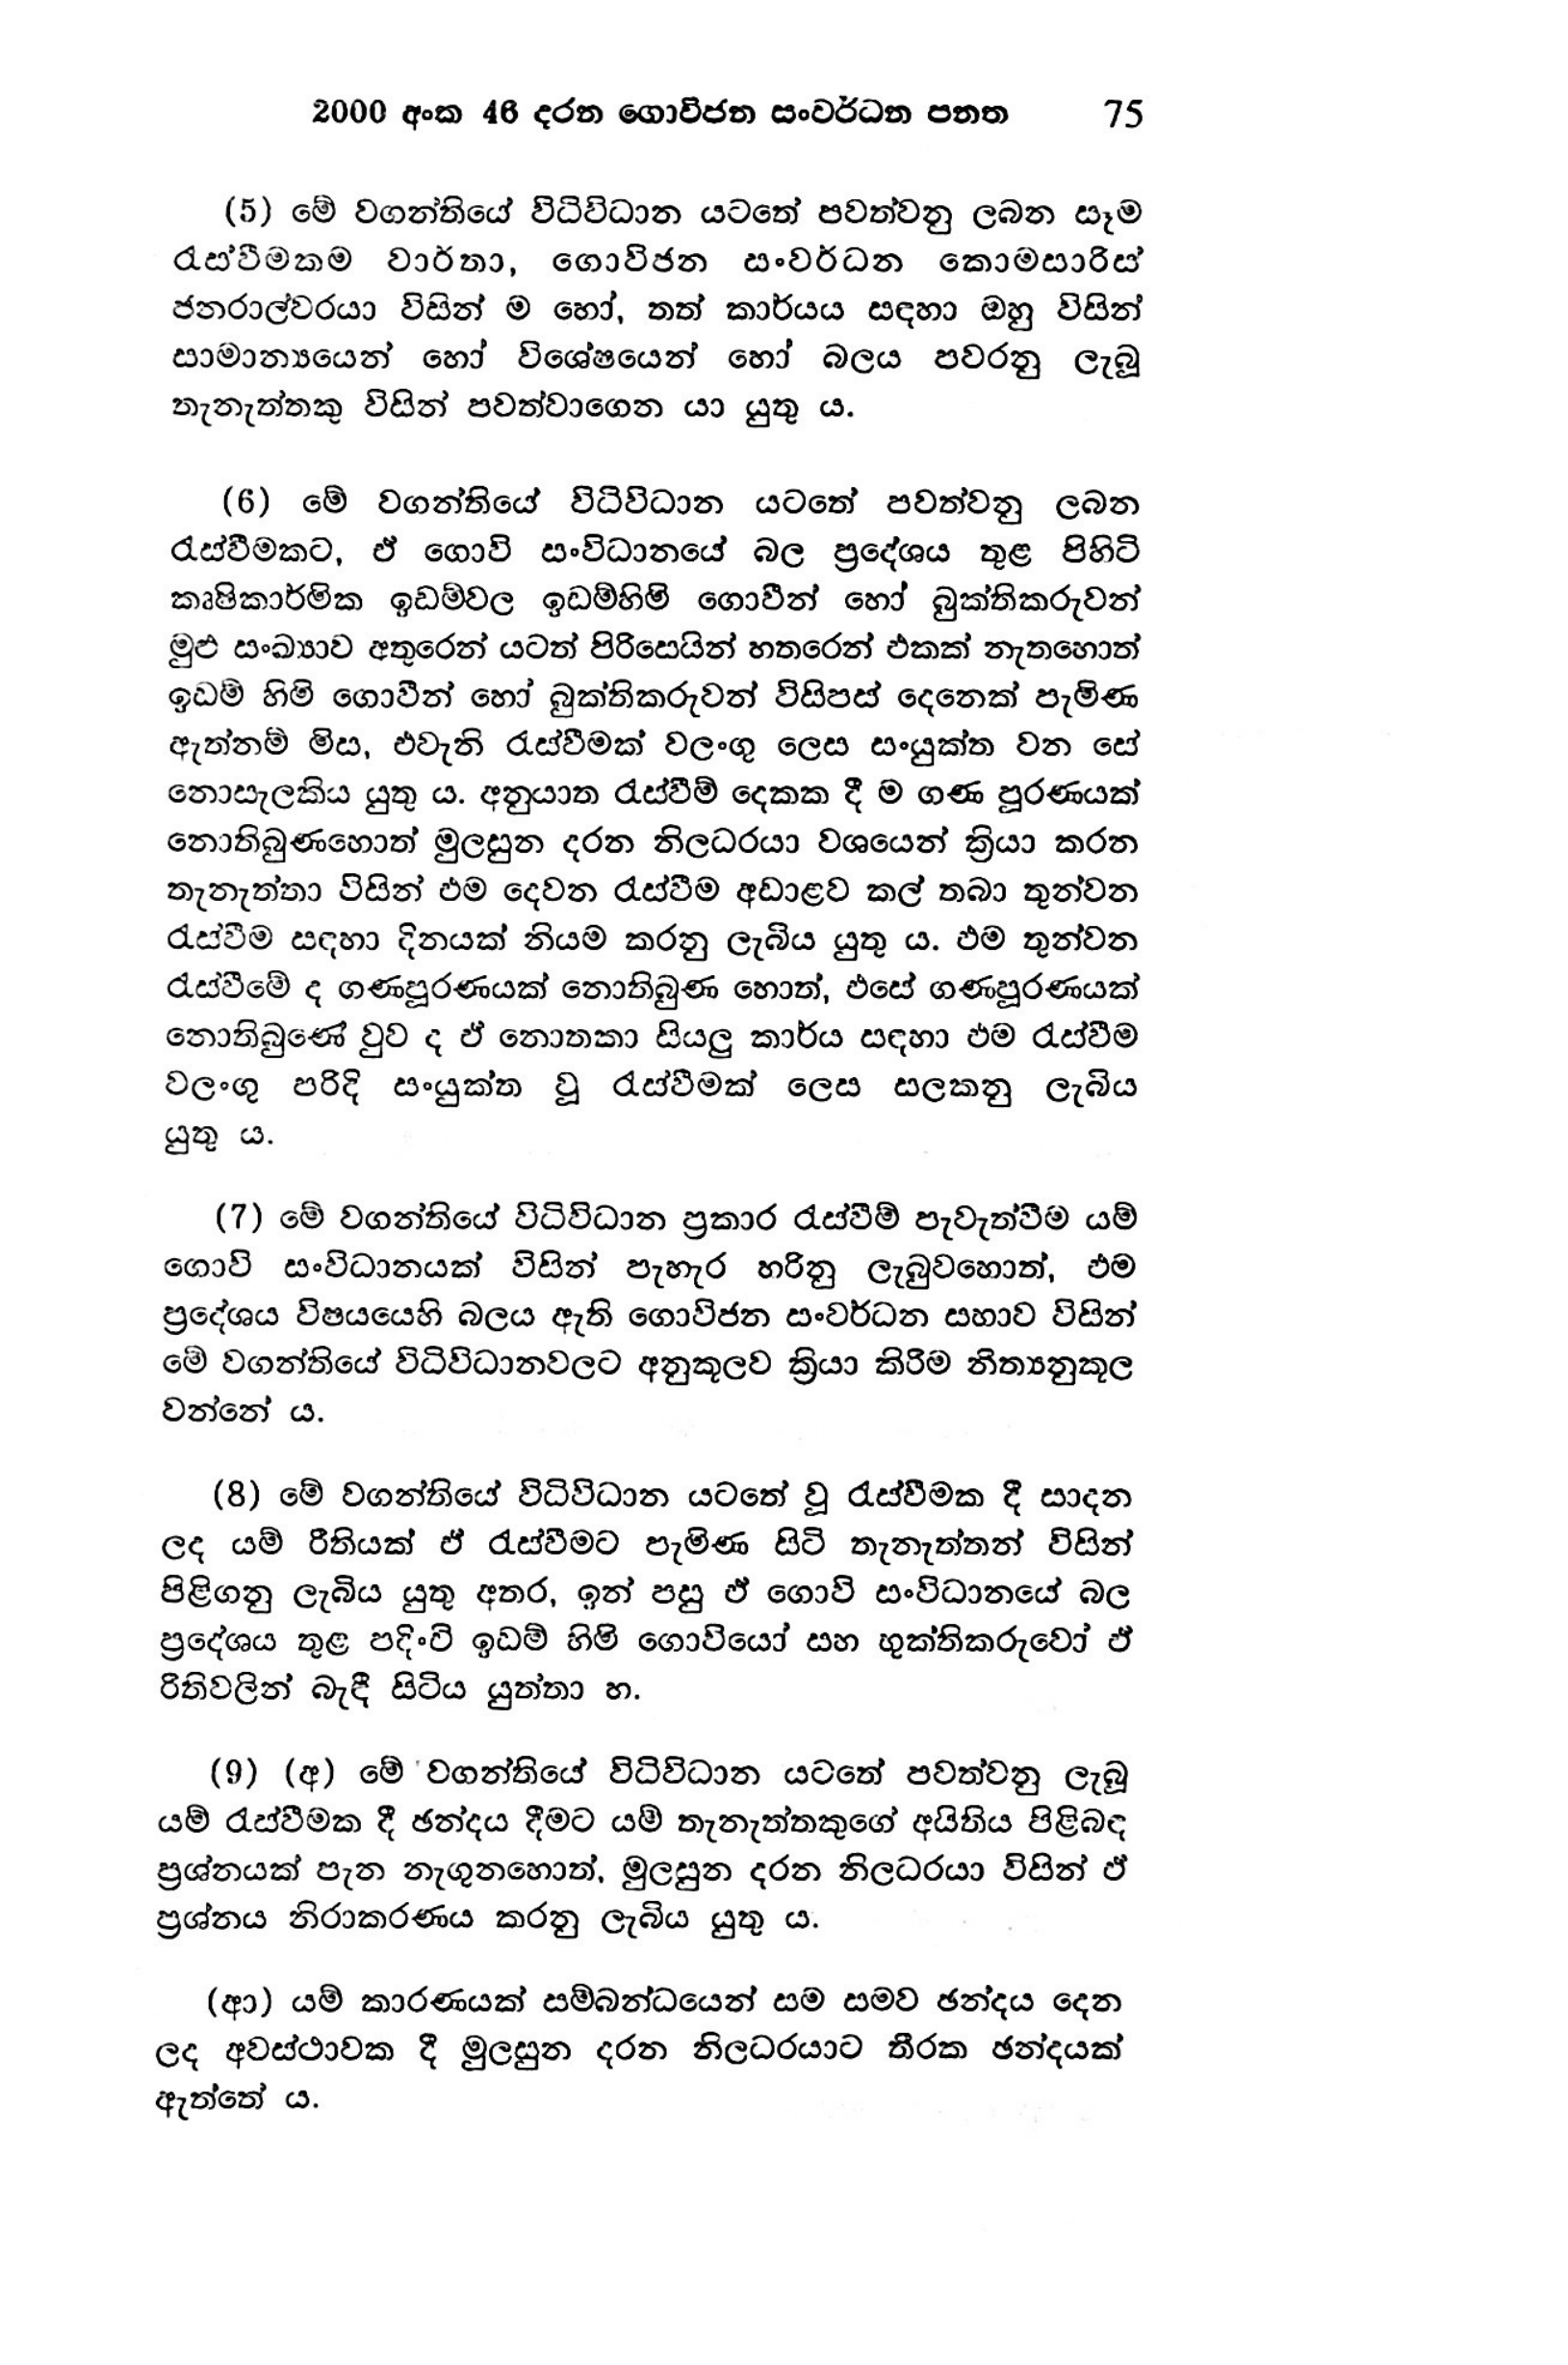
2000 අංක 46 දරන ගොවිජන සංවර්ධන පනත 75

(5) මේ වගන්තියේ විධිවිධාන යටතේ පවත්වනු ලබන සෑම
රැස්වීමකම වාර්තා, ගොවිජන සංවර්ධන කොමසාරිස්
ජනරාල්වරයා විසින් ම හෝ, තත් කාර්යය සඳහා ඔහු විසින්
සාමාන්‍යයෙන් හෝ විශේෂයෙන් හෝ බලය පවරනු ලැබූ
තැනැත්තකු විසින් පවත්වාගෙන යා යුතුය.

(6) මේ වගන්තියේ විධිවිධාන යටතේ පවත්වනු ලබන
රැස්වීමකට, ඒ ගොවි සංවිධානයේ බල ප්‍රදේශය තුළ පිහිටි
කෘෂිකාර්මික ඉඩම්වල ඉඩම්හිමි ගොවීන් හෝ බුක්තිකරුවන්
මුළු සංඛ්‍යාව අතුරෙන් යටත් පිරිසෙයින් හතරෙන් එකක් නැතහොත්
ඉඩම් හිමි ගොවීන් හෝ බුක්තිකරුවන් විසිපස් දෙනෙක් පැමිණ
ඇත්නම් මිස, එවැනි රැස්වීමක් වලංගු ලෙස සංයුක්ත වන සේ
නොසැලකිය යුතු ය. අනුයාත රැස්වීම් දෙකක දී ම ගණ පූරණයක්
නොතිබුණහොත් මුලසුන දරන නිලධරයා වශයෙන් ක්‍රියා කරන
තැනැත්තා විසින් එම දෙවන රැස්වීම අඩාළව කල් තබා තුන්වන
රැස්වීම සඳහා දිනයක් නියම කරනු ලැබිය යුතු ය. එම තුන්වන
රැස්වීමේ ද ගණපූරණයක් නොතිබුණ හොත්, එසේ ගණපූරණයක්
නොතිබුණේ වුව ද ඒ නොතකා සියලු කාර්ය සඳහා එම රැස්වීම
වලංගු පරිදි සංයුක්ත වූ රැස්වීමක් ලෙස සලකනු ලැබිය
යුතු ය.

(7) මේ වගන්තියේ විධිවිධාන ප්‍රකාර රැස්වීම් පැවැත්වීම යම්
ගොවි සංවිධානයක් විසින් පැහැර හරිනු ලැබුවහොත්, එම
ප්‍රදේශය විෂයයෙහි බලය ඇති ගොවිජන සංවර්ධන සභාව විසින්
මේ වගන්තියේ විධිවිධානවලට අනුකූලව ක්‍රියා කිරීම නිත්‍යනුකූල
වන්නේ ය.

(8) මේ වගන්තියේ විධිවිධාන යටතේ වූ රැස්වීමක දී සාදන
ලද යම් රීතියක් ඵ් රැස්වීමට පැමිණ සිටි තැනැත්තන් විසින්
පිළිගනු ලැබිය යුතු අතර, ඉන් පසු ඒ ගොවි සංවිධානයේ බල
ප්‍රදේශය තුළ පදිංචි ඉඩම් හිමි ගොවියෝ සහ භුක්තිකරුවෝ ඒ
රීතිවලින් බැඳී සිටිය යුත්තා හ.

(9) (අ) මේ 'වගන්තියේ විධිවිධාන යටතේ පවත්වනු ලැබූ
යම් රැස්වීමක දී ඡන්දය දීමට යම් තැනැත්තකුගේ අයිතිය පිළිබඳ
ප්‍රශ්නයක් පැන නැගුනහොත්, මුලසුන දරන නිලධරයා විසින් ඒ
ප්‍රශ්නය නිරාකරණය කරනු ලැබිය යුතු ය.

(ආ) යම් කාරණයක් සම්බන්ධයෙන් සම සමව ඡන්දය දෙන
ලද අවස්ථාවක දී මුලසුන දරන නිලධරයාට තීරක ඡන්දයක්
ඇත්තේය.